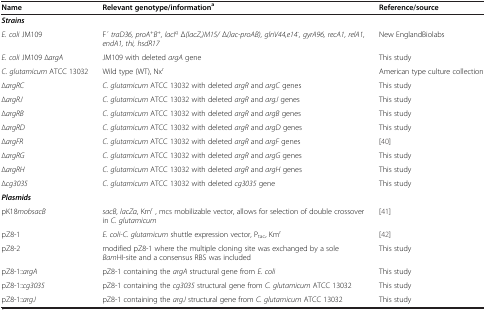
<table><thead><tr><td><b>Name</b></td><td><b>Relevant genotype/information<sup>a</sup></b></td><td><b>Reference/source</b></td></tr></thead><tbody><tr><td><b><i>Strains</i></b></td><td> </td><td> </td></tr><tr><td><i>E. coli</i> JM109</td><td>F ́ <i>traD36, proA</i><sup><i>+</i></sup><i>B</i><sup><i>+</i></sup><i>, lacI</i><sup><i>q</i></sup> Δ<i>(lacZ,)M15/</i> Δ<i>(lac-proAB), glnV44,e14</i><sup><i>-</i></sup><i>, gyrA96, recA1, relA1, endA1, thi, hsdR17</i></td><td>New EnglandBiolabs</td></tr><tr><td><i>E. coli</i> JM109 ∆<i>argA</i></td><td>JM109 with deleted <i>argA</i> gene</td><td>This study</td></tr><tr><td><i>C. glutamicum</i> ATCC 13032</td><td>Wild type (WT), Nx<sup>r</sup></td><td>American type culture collection</td></tr><tr><td>∆<i>argRC</i></td><td><i>C. glutamicum</i> ATCC 13032 with deleted <i>argR</i> and <i>argC</i> genes</td><td>This study</td></tr><tr><td>∆<i>argRJ</i></td><td><i>C. glutamicum</i> ATCC 13032 with deleted <i>argR</i> and <i>argJ</i> genes</td><td>This study</td></tr><tr><td>∆<i>argRB</i></td><td><i>C. glutamicum</i> ATCC 13032 with deleted <i>argR</i> and <i>argB</i> genes</td><td>This study</td></tr><tr><td>∆<i>argRD</i></td><td><i>C. glutamicum</i> ATCC 13032 with deleted <i>argR</i> and <i>argD</i> genes</td><td>This study</td></tr><tr><td>∆<i>argFR</i></td><td><i>C. glutamicum</i> ATCC 13032 with deleted <i>argR</i> and <i>argF</i> genes</td><td>[40]</td></tr><tr><td>∆<i>argRG</i></td><td><i>C. glutamicum</i> ATCC 13032 with deleted <i>argR</i> and <i>argG</i> genes</td><td>This study</td></tr><tr><td>∆<i>argRH</i></td><td><i>C. glutamicum</i> ATCC 13032 with deleted <i>argR</i> and <i>argH</i> genes</td><td>This study</td></tr><tr><td>∆<i>cg3035</i></td><td><i>C. glutamicum</i> ATCC 13032 with deleted <i>cg3035</i> gene</td><td>This study</td></tr><tr><td><b><i>Plasmids</i></b></td><td> </td><td> </td></tr><tr><td>pK18<i>mobsacB</i></td><td><i>sacB</i>, <i>lacZα</i>, Km<sup>r</sup> , mcs mobilizable vector, allows for selection of double crossover in <i>C. glutamicum</i></td><td>[41]</td></tr><tr><td>pZ8-1</td><td><i>E. coli-C. glutamicum</i> shuttle expression vector, P<sub>tac</sub>, Km<sup>r</sup></td><td>[42]</td></tr><tr><td>pZ8-2</td><td>modified pZ8-1 where the multiple cloning site was exchanged by a sole <i>Bam</i>HI-site and a consensus RBS was included</td><td>This study</td></tr><tr><td>pZ8-1::<i>argA</i></td><td>pZ8-1 containing the <i>argA</i> structural gene from <i>E. coli</i></td><td>This study</td></tr><tr><td>pZ8-1::<i>cg3035</i></td><td>pZ8-1 containing the <i>cg3035</i> structural gene from <i>C. glutamicum</i> ATCC 13032</td><td>This study</td></tr><tr><td>pZ8-1::<i>argJ</i></td><td>pZ8-1 containing the <i>argJ</i> structural gene from <i>C. glutamicum</i> ATCC 13032</td><td>This study</td></tr></tbody></table>